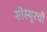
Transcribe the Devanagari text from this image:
सोस्यूरची